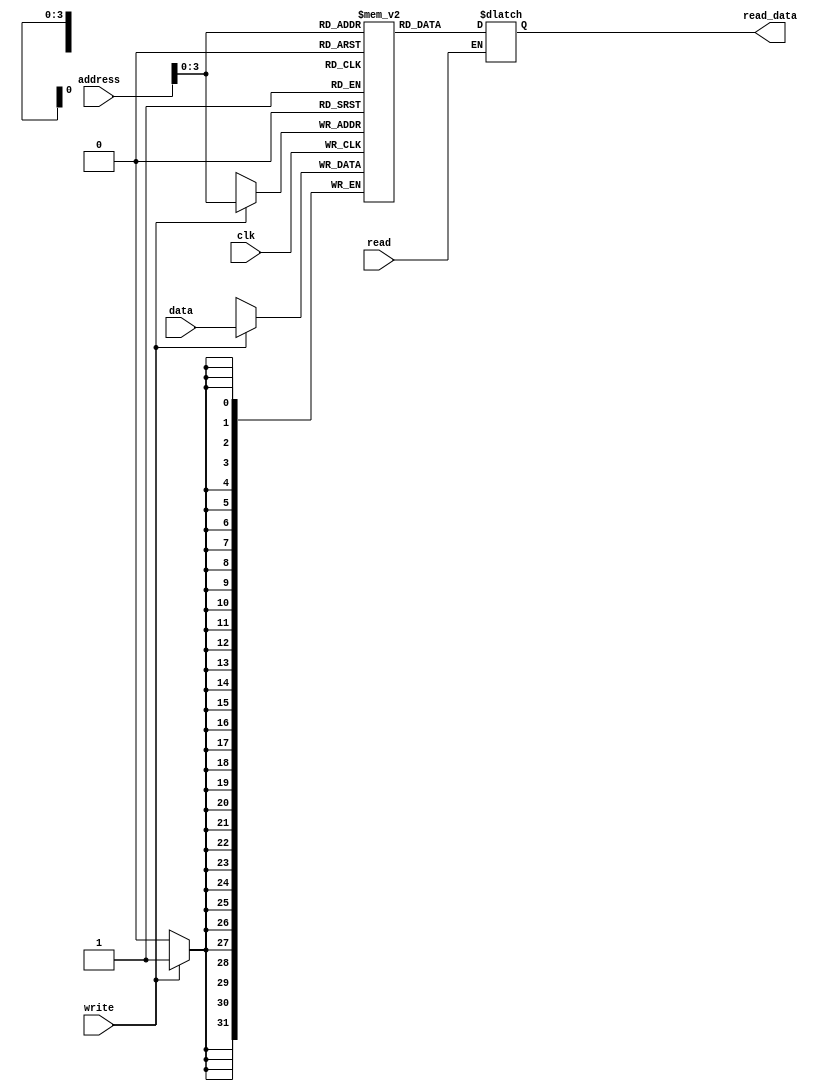
`timescale 1ns /1ps

module memory_register (
		input clk,
		input write,       //control signals come from decode stage cotrol unit
		input read,
		input [31:0] address,
		input [31:0] data,
		output reg [31:0] read_data
				);

		reg [31:0] mem [9:0];
		initial begin
		mem[0] = 11;
		mem[1] = 122;
		mem[2] = 31;
		mem[3] = 14;
		mem[4] = 52;
		mem[5] = 61;
		mem[6] = 17;
		mem[7] = 18;
		mem[8] = 19;
		mem[9] = 120;
	 end
	 
	   always @ *
			if (read)
				read_data = mem[address];
		always @ (posedge clk)
			if(write)
				mem[address] <= data;
				
endmodule
//may be an error in the conditional statements